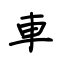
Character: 车